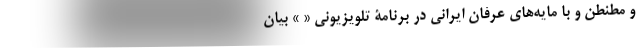
و مُطَنطن و با مایه‌های عرفان ایرانی در برنامۀ تلویزیونی « » بیان